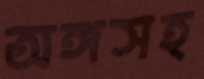
অঙ্গসহ